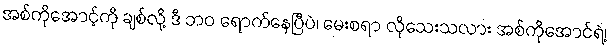
အစ်ကိုအောင့်ကို ချစ်လို့ ဒီ ဘဝ ရောက်နေပြီပဲ၊ မေးစရာ လိုသေးသလား အစ်ကိုအောင်ရဲ့၊